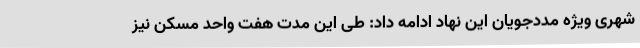
شهری ویژه مددجویان این نهاد ادامه داد: طی این مدت هفت واحد مسکن نیز